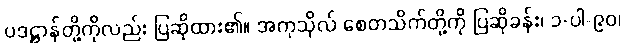
ပဒဋ္ဌာန်တို့ကိုလည်း ပြဆိုထား၏။ အကုသိုလ် စေတသိက်တို့ကို ပြဆိုခန်း၊ ၁-ပါ-၉၀၊